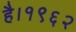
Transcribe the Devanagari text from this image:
है।१९६२